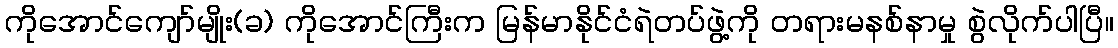
ကိုအောင်ကျော်မျိုး(ခ) ကိုအောင်ကြီးက မြန်မာနိုင်ငံရဲတပ်ဖွဲ့ကို တရားမနစ်နာမှု စွဲလိုက်ပါပြီ။